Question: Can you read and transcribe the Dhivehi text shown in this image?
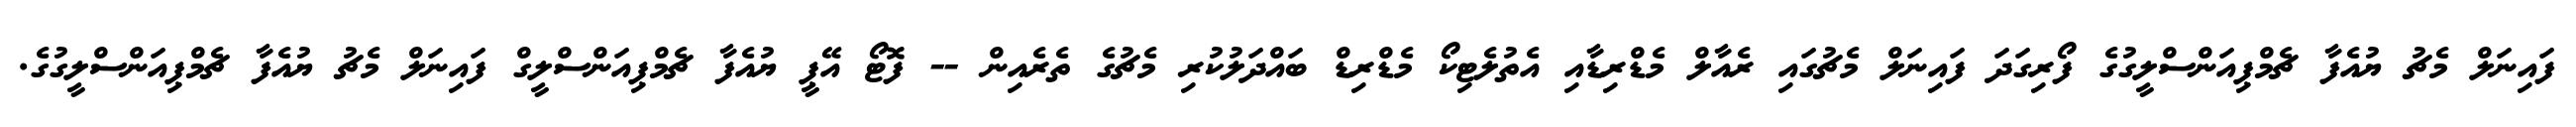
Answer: ފައިނަލް މެޗު ޔުއެފާ ޗެމްޕިއަންސްލީގުގެ ފޯރިގަދަ ފައިނަލް މެޗުގައި ރެއާލް މެޑްރިޑާއި އެތުލެޓިކޯ މެޑްރިޑް ބައްދަލުކުރި މެޗުގެ ތެރެއިން -- ފޮޓޯ އޭޕީ ޔުއެފާ ޗެމްޕިއަންސްލީގް ފައިނަލް މެޗު ޔުއެފާ ޗެމްޕިއަންސްލީގުގެ.